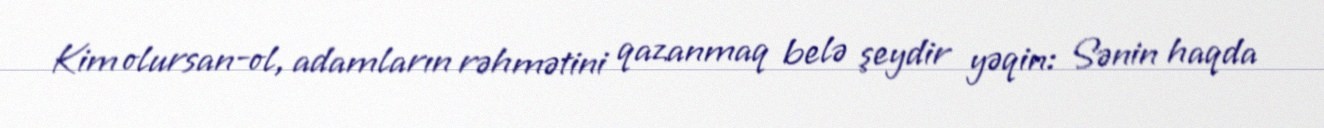
Kim olursan-ol, adamların rəhmətini qazanmaq belə şeydir yəqin: Sənin haqda